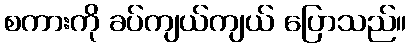
စကားကို ခပ်ကျယ်ကျယ် ပြောသည်။